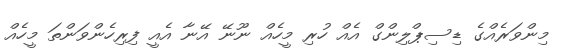
މިންވަރެއްގެ ޑިސިޕްލިންގް އެއް ހުރި މީހެއް ނޫނޭ އޭނާ އެއީ ފިރިހެންވަންތަ މީހެއް